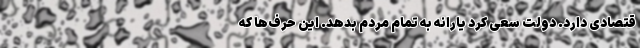
قتصادی دارد. دولت سعی کرد یارانه به تمام مردم بدهد. این حرف‌ها که